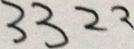
3 3 2 2